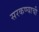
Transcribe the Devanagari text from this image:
सरकण्याची